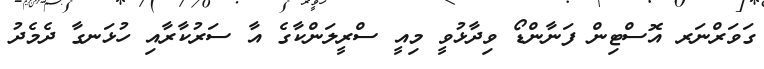
ގަވަރްނަރ އޮސްޓިން ފަނާންޑޯ ވިދާޅުވީ މިއީ ސްރީލަންކާގެ އާ ސަރުކާރާއި ހުޅަނގާ ދެމެދު